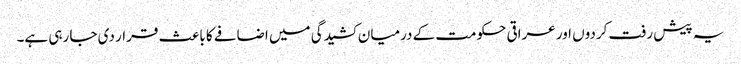
یہ پیش رفت کردوں اور عراقی حکومت کے درمیان کشیدگی میں اضافے کا باعث قرار دی جا رہی ہے۔